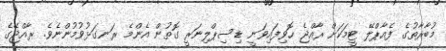
މުބާރާތުގެ ފެއާޕްލޭ ޓީމަކަށް ރާއްޖެ ހޮވިފައިވަނީ ޑިސިޕްލިނަރީ ގޮތުން އެންމެ ރަނގަޅުވުމުންނެވެ. ރާއްޖޭގެ